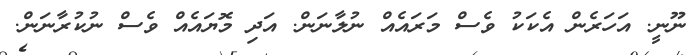
ނޫނީ. އަހަރެން އެކަކު ވެސް މަރައެއް ނުލާނަން. އަދި މޮޔައެއް ވެސް ނުކުރާނަން.